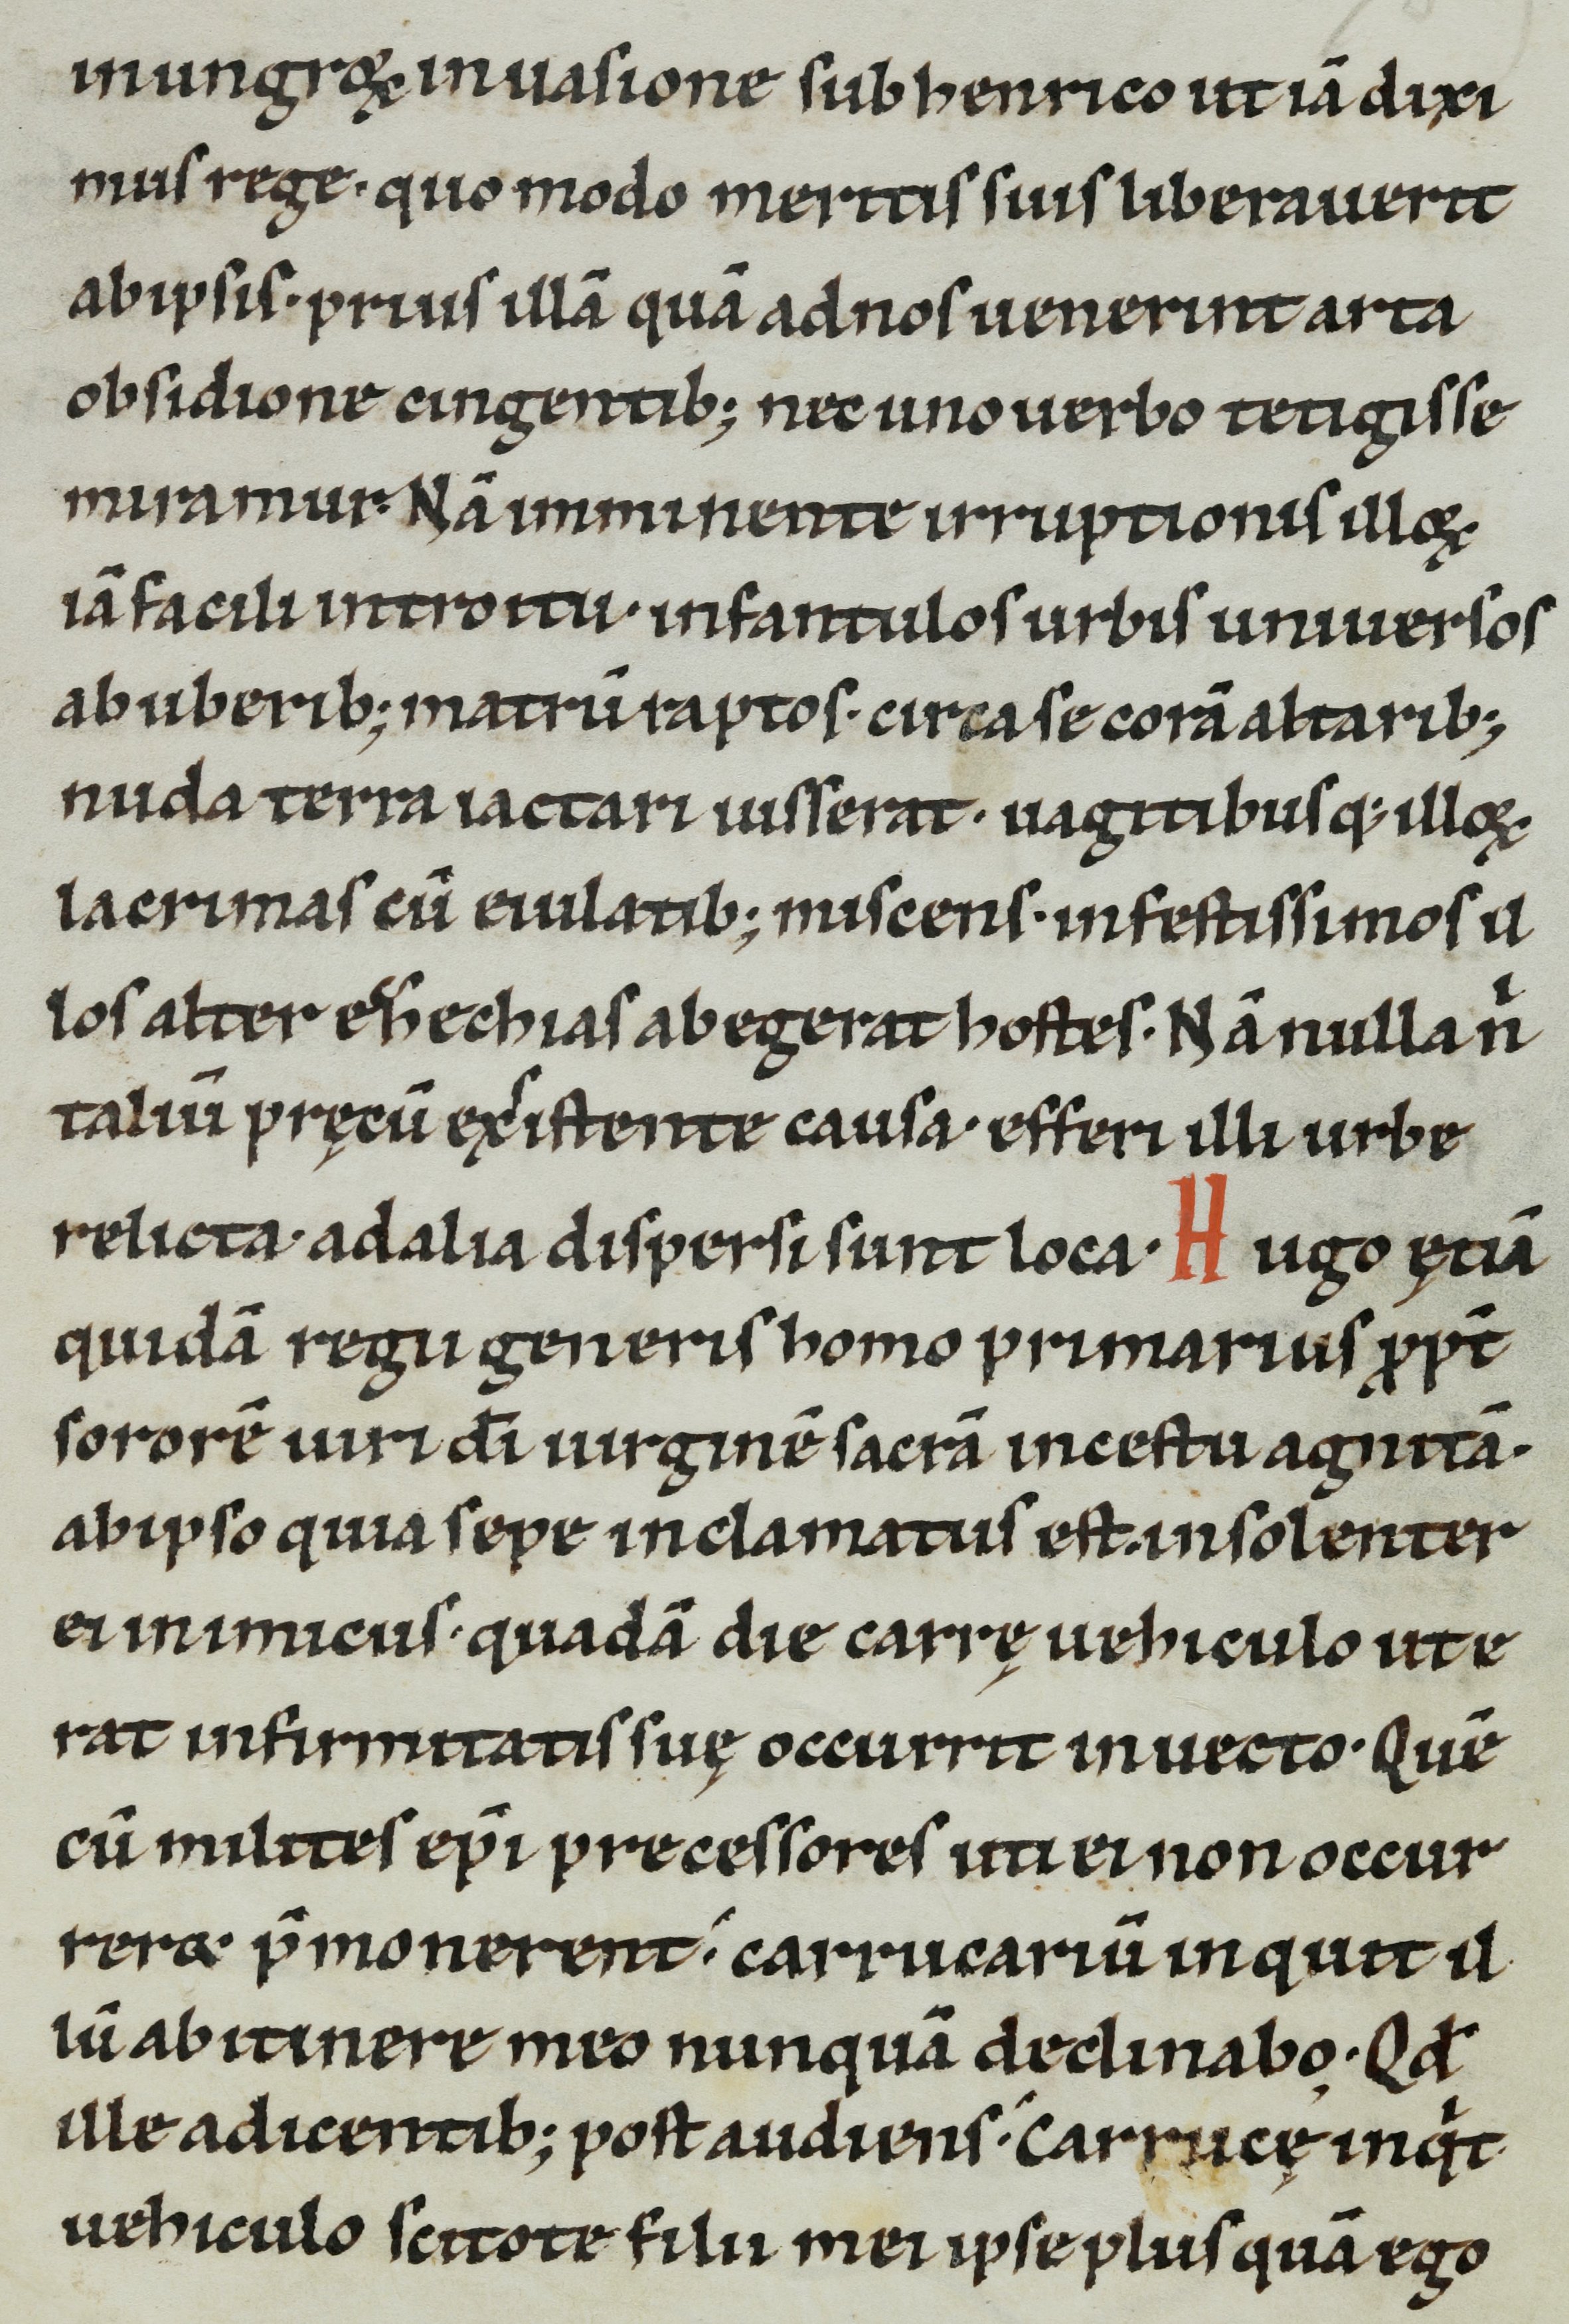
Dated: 1100–1199